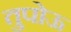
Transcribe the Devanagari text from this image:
तुपोऊ